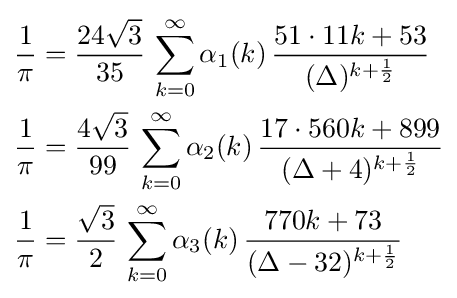
{\begin{aligned}{\frac {1}{\pi }}&={\frac {24{\sqrt {3}}}{35}}\,\sum _{k=0}^{\infty }\alpha _{1}(k)\,{\frac {51\cdot 11k+53}{(\Delta )^{k+{\frac {1}{2}}}}}\\{\frac {1}{\pi }}&={\frac {4{\sqrt {3}}}{99}}\,\sum _{k=0}^{\infty }\alpha _{2}(k)\,{\frac {17\cdot 560k+899}{(\Delta +4)^{k+{\frac {1}{2}}}}}\\{\frac {1}{\pi }}&={\frac {\sqrt {3}}{2}}\,\sum _{k=0}^{\infty }\alpha _{3}(k)\,{\frac {770k+73}{(\Delta -32)^{k+{\frac {1}{2}}}}}\\\end{aligned}}